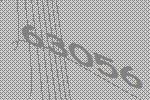
63056